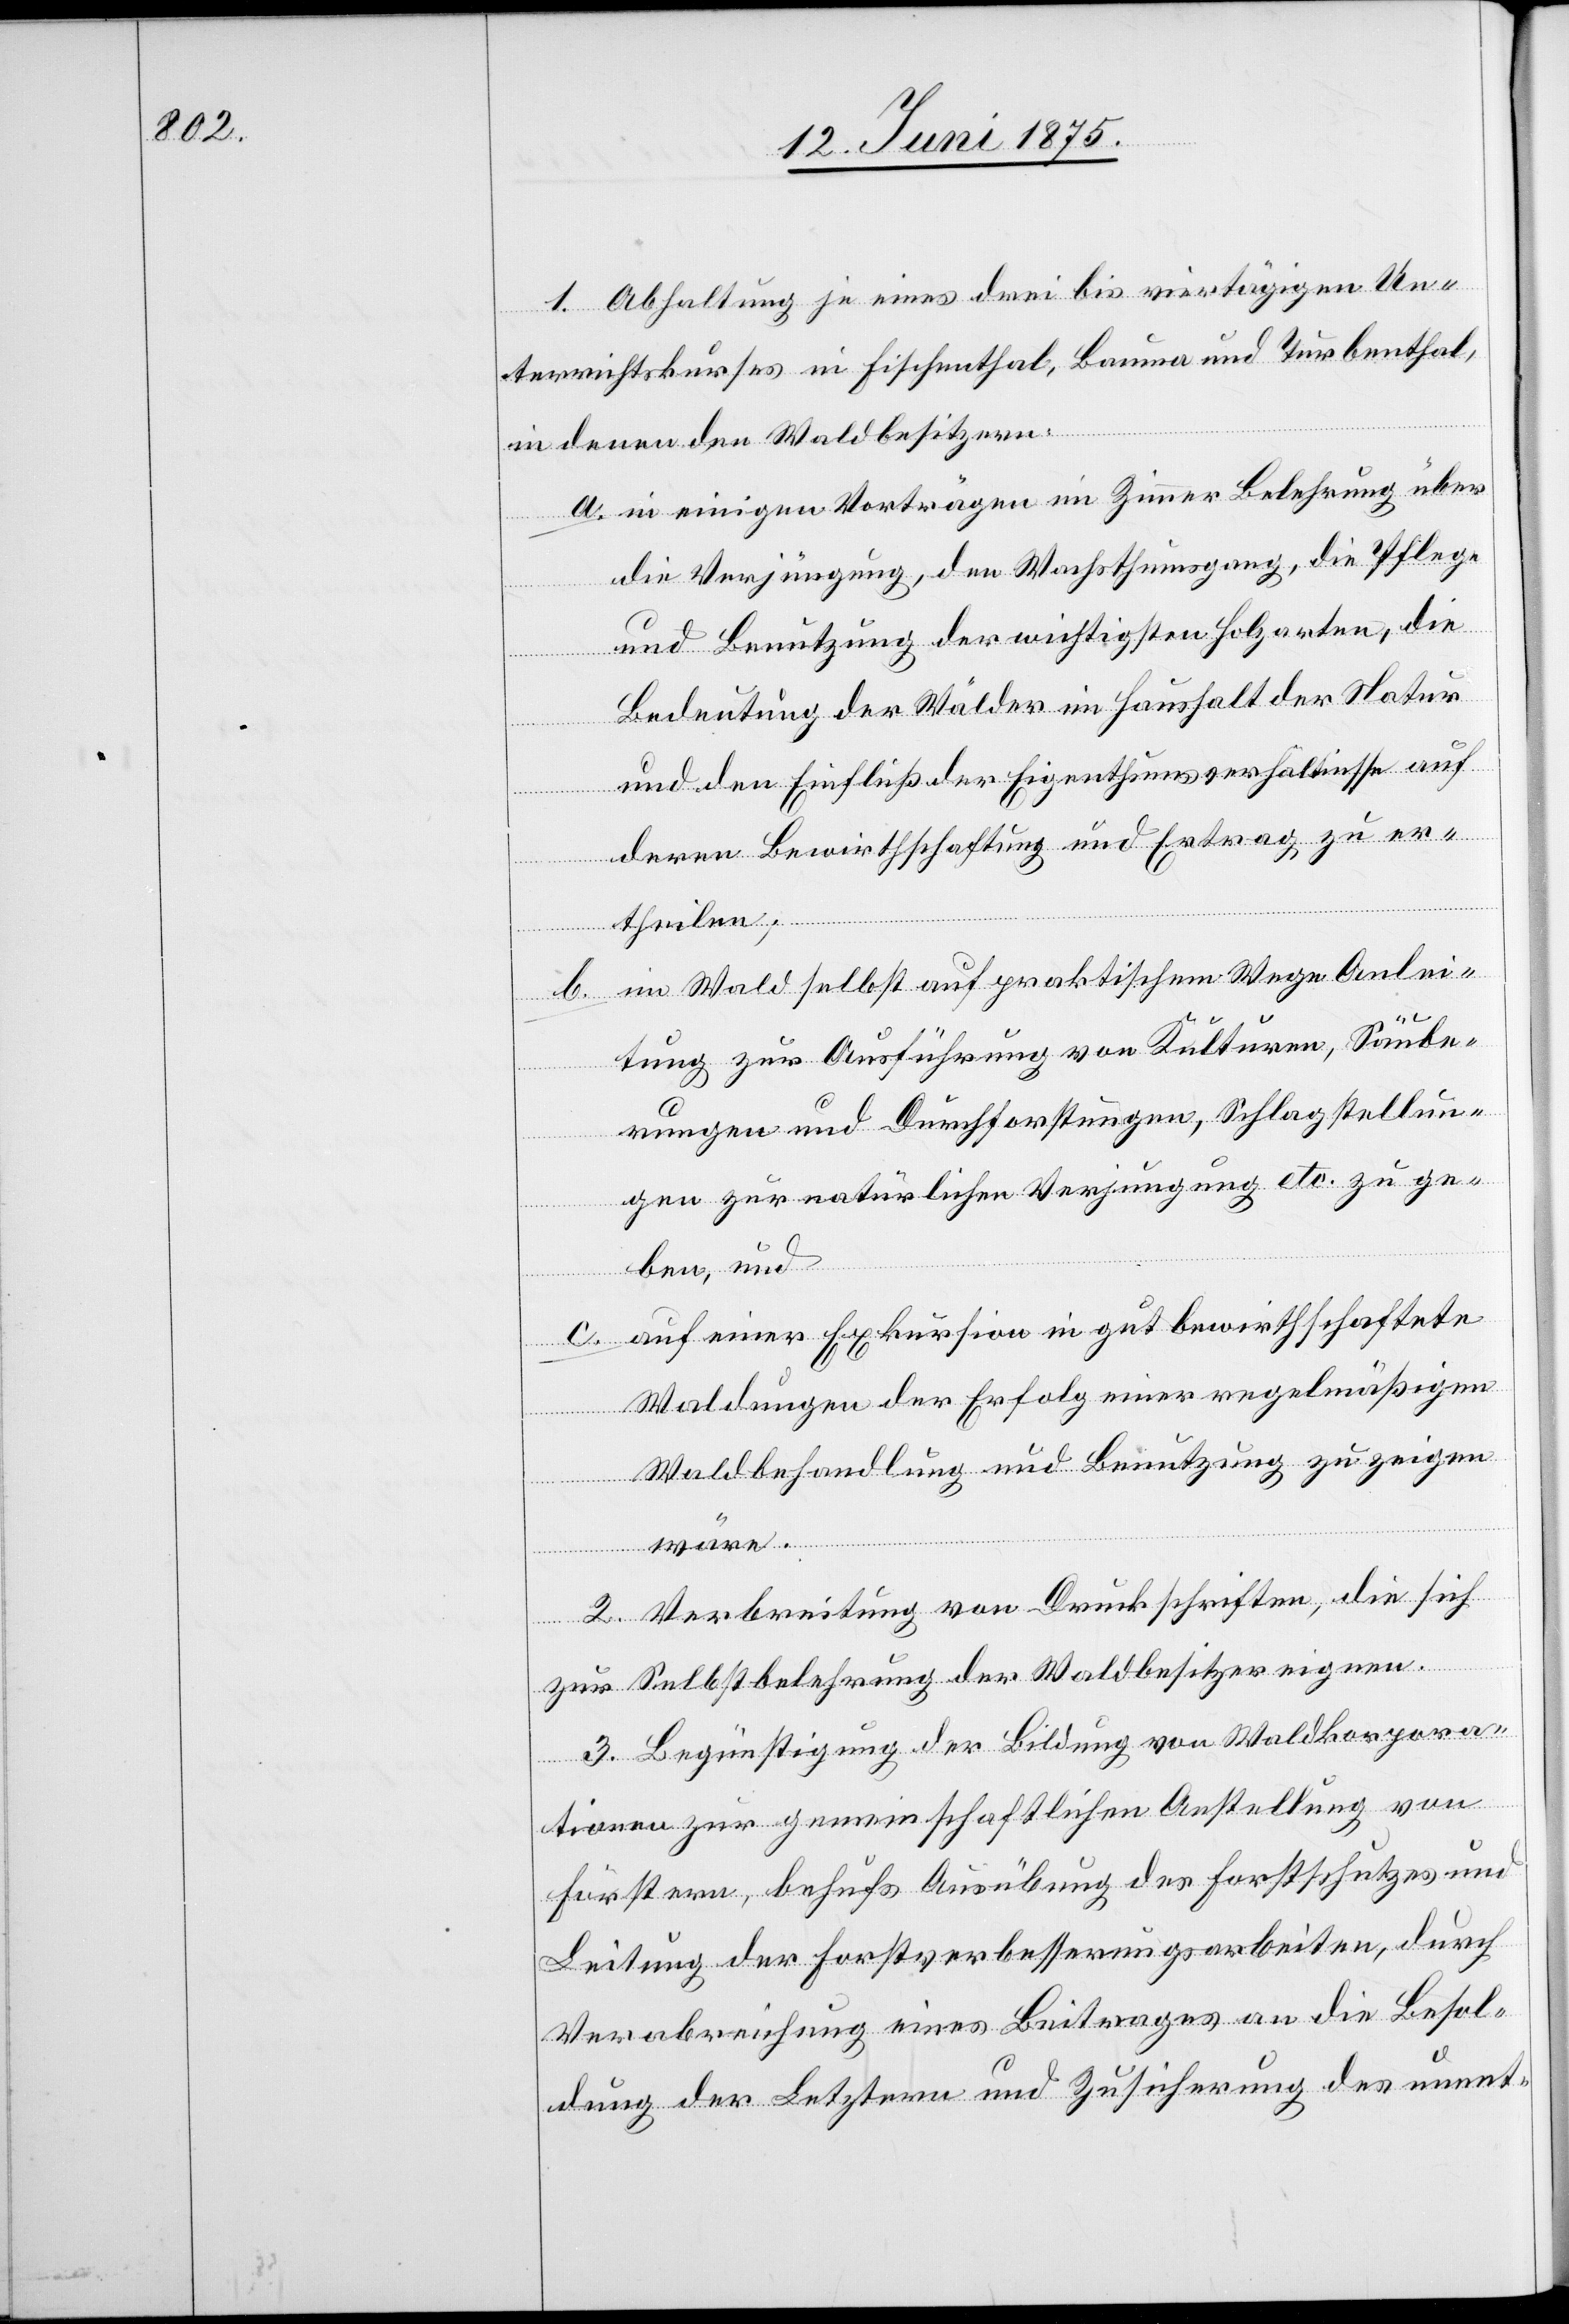
1. Abhaltung je eines drei bis viertägigen Un¬
terrichtskurses in Fischenthal, Bauma und Turbenthal,
in denen den Waldbesitzern:
a. in einigen Vorträgen im Zimmer Belehrung über
die Verjüngung, den Wachsthumsgang, die Pflege
und Benutzung der wichtigsten Holzarten, die
Bedeutung der Wälder im Haushalt der Natur
und den Einfluß der Eigenthumsverhältnisse auf
deren Bewirthschaftung und Ertrag zu er¬
theilen;
im Wald selbst auf praktischem Wege Anlei¬
tung zur Ausführung von Kulturen, Säube¬
rungen und Durchforstungen, Schlagstallun¬
gen zur natürlichen Verjüngung etc. zu ge¬
ben, und
auf einer Exkursion in gut bewirthschaftete
b.
Waldungen der Erfolg einer regelmäßigen
Waldbehandlung und Benutzung zu zeigen
wäre.
2. Verbreitung von Druckschriften, die sich
zur Selbstbelehrung der Waldbesitzer eignen.
3. Begünstigung der Bildung von Waldkorpora¬
tionen zur gemeinschaftlichen Anstellung von
Förstern, behufs Ausübung des Forstschutzes und
Leitung der Forstverbesserungsarbeiten, durch
Verabreichung eines Beitrages an die Besol¬
dung der Letztern und Zusicherung des unent-